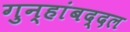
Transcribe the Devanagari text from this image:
गुन्हांबद्दल